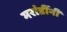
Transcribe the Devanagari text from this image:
मरांडींनी